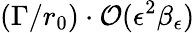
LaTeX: (\Gamma/r_{0})\cdot\mathcal{O}(\epsilon^{2}\beta_{\epsilon})